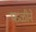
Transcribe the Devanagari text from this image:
फळीने